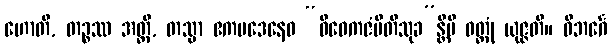
ဟောတိ, တဉ္စဿ အတ္ထိ, တသ္မာ ဧကပဒေနေဝ “ဝိဝေကဇံပီတိသုခ”န္တိပိ ဝတ္တုံ ယုဇ္ဇတိ။ ဝိဘင်္ဂေ